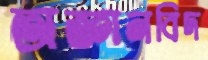
অজ্ঞানবিদ